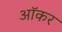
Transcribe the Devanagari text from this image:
ऑकर